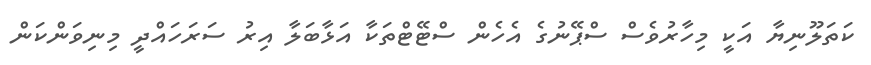
ކަތަލޫނިޔާ އަކީ މިހާރުވެސް ސްޕޭނުގެ އެހެން ސްޓޭޓްތަކާ އަޅާބަލާ އިރު ސަރަހައްދީ މިނިވަންކަން